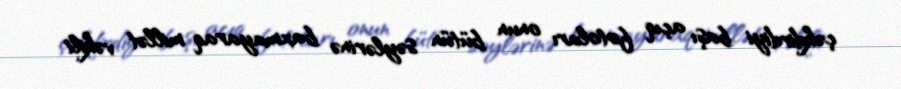
çəkdirdiyi başı açıq fotoları onun bütün səylərinə baxmayaraq millət vəkili